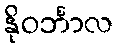
နိုဝင်္ဘာလ